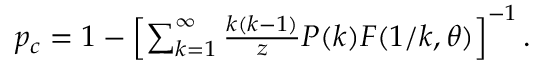
\begin{array} { r } { p _ { c } = 1 - \left[ \sum _ { k = 1 } ^ { \infty } \frac { k ( k - 1 ) } { z } P ( k ) F ( 1 / k , \theta ) \right] ^ { - 1 } . } \end{array}